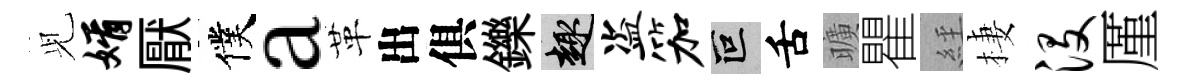
𫤗婿厭僕a革出俱鑠趣盗笳叵舌曠瞿𦀇棲没厪